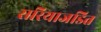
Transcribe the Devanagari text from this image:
सरियाजडित